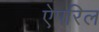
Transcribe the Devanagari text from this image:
ऐपरिल